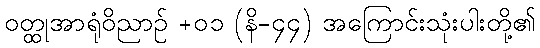
ဝတ္ထုအာရုံဝိညာဉ် +၀၁ (နိ-၄၄) အကြောင်းသုံးပါးတို့၏